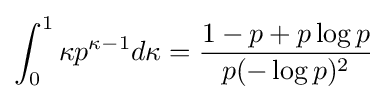
\int _{0}^{1}\kappa p^{\kappa -1}d\kappa ={\frac {1-p+p\log p}{p(-\log p)^{2}}}